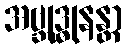
အဗ္ဘုဒ္ဓုနန္တာ